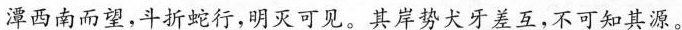
潭西南而望，斗折蛇行，明灭可见。其岸势犬牙差互，不可知其源。